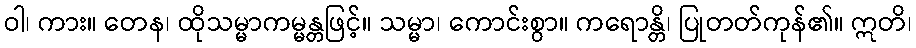
ဝါ၊ ကား။ တေန၊ ထိုသမ္မာကမ္မန္တဖြင့်။ သမ္မာ၊ ကောင်းစွာ။ ကရောန္တိ၊ ပြုတတ်ကုန်၏။ ဣတိ၊